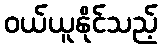
ဝယ်ယူနိုင်သည့်